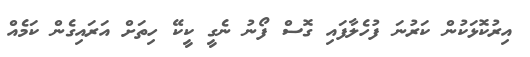
އިރުކޮޅަކުން ކަރުނަ ފުހެލާފައި ގޮސް ފޯނު ނެގީ ކީކޭ ހިތަށް އަރައިގެން ކަމެއް